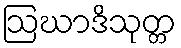
ဩဃာဒိသုတ္တ